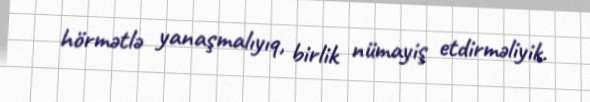
hörmətlə yanaşmalıyıq, birlik nümayiş etdirməliyik.